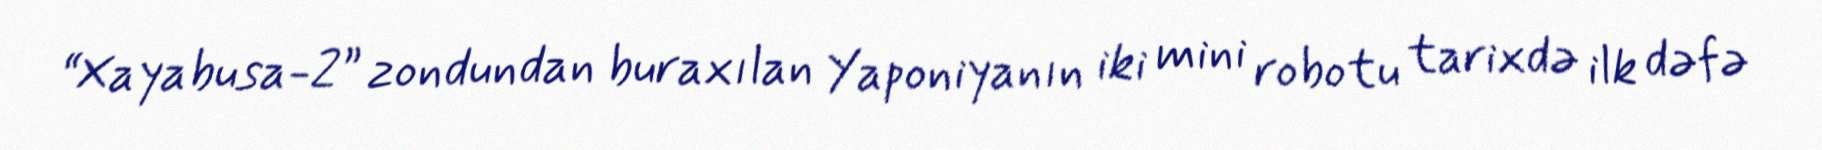
“Xayabusa-2” zondundan buraxılan Yaponiyanın iki mini robotu tarixdə ilk dəfə